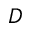
D